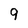
Character: 9